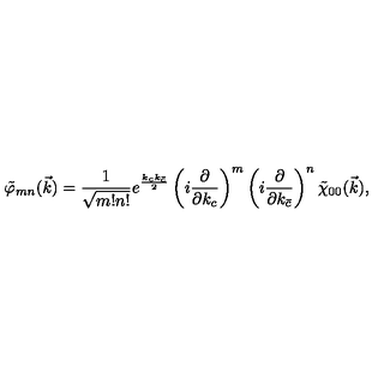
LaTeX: \tilde { \varphi } _ { m n } ( \vec { k } ) = \frac { 1 } { \sqrt { m ! n ! } } e ^ { \frac { k _ { c } k _ { \bar { c } } } { 2 } } \left( i \frac { \partial } { \partial k _ { c } } \right) ^ { m } \left( i \frac { \partial } { \partial k _ { \bar { c } } } \right) ^ { n } \tilde { \chi } _ { 0 0 } ( \vec { k } ) ,